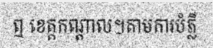
ឮ ខេត្តកណ្តាល។តាមការបំភ្លឺ